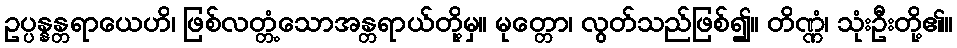
ဥပ္ပန္နန္တရာယေဟိ၊ ဖြစ်လတ္တံ့သောအန္တရာယ်တို့မှ။ မုတ္တော၊ လွတ်သည်ဖြစ်၍။ တိဏ္ဏံ၊ သုံးဦးတို့၏။